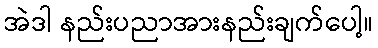
အဲဒါ နည်းပညာအားနည်းချက်ပေါ့။